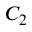
C _ { 2 }